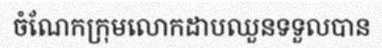
ចំណែកក្រុមលោកដាបឈួនទទួលបាន